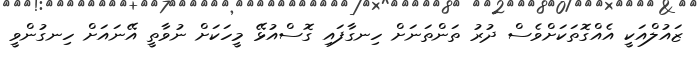
ޒައުލްއަކީ އެއްގޮތަކަށްވެސް ދުރު ތަންތަނަށް ހިނގާފައި ގޮސްއުޅޭ މީހަކަށް ނުވާތީ އޭނައަށް ހިނގުންވީ